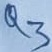
Text: Q3